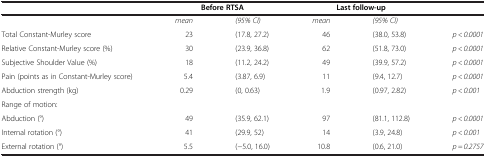
|  | <COLSPAN=2> Before RTSA | <COLSPAN=2> Last follow-up |  |
 | --- | --- | --- | --- | --- | --- |
 |  | mean | (95% CI) | mean | (95% CI) |  |
 | Total Constant-Murley score | 23 | (17.8, 27.2) | 46 | (38.0, 53.8) | p < 0.0001 |
 | Relative Constant-Murley score (%) | 30 | (23.9, 36.8) | 62 | (51.8, 73.0) | p < 0.0001 |
 | Subjective Shoulder Value (%) | 18 | (11.2, 24.2) | 49 | (39.9, 57.2) | p < 0.0001 |
 | Pain (points as in Constant-Murley score) | 5.4 | (3.87, 6.9) | 11 | (9.4, 12.7) | p < 0.0001 |
 | Abduction strength (kg) | 0.29 | (0, 0.63) | 1.9 | (0.97, 2.82) | p < 0.001 |
 | Range of motion: |  |  |  |  |  |
 | Abduction (°) | 49 | (35.9, 62.1) | 97 | (81.1, 112.8) | p < 0.0001 |
 | Internal rotation (°) | 41 | (29.9, 52) | 14 | (3.9, 24.8) | p < 0.001 |
 | External rotation (°) | 5.5 | (−5.0, 16.0) | 10.8 | (0.6, 21.0) | p = 0.2757 |